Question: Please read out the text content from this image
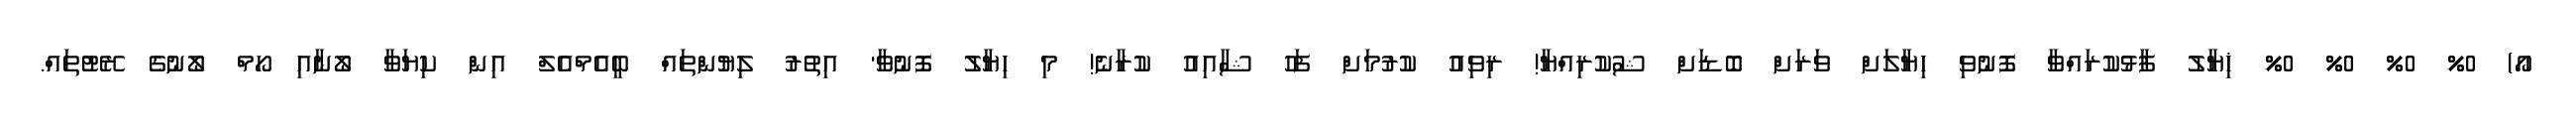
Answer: އޯ) 0% 0% 0% 0% ޚިޔާލު ފާޅުކުރައްވާ ފޮނުވި ހިޔާލަށް ވަރަށް ބޮޑަށް ޝުކުރިއްޔާ! ރިވިއު ކުރުމަށް ފަހު ޝާއިއު ކުރާނެ! މި ހިޔާލު ފޮނުވާ' އިތުރު ލިޔުންތައް ބީއެމްއެލް އިން ކިޔަވާ ލޯނާއި ހޯމް ލޯނުގެ ރޭޓުތައް.